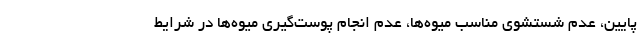
پایین، عدم شستشوی مناسب میوه‌ها، عدم انجام پوست‌گیری میوه‌ها در شرایط